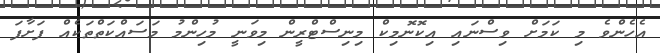
އެހެންވެ މި ކަމަށް ވިސްނައި އިކޮނޮމިކް މިނިސްޓްރީން މިވަނީ މުހިންމު މަސައްކަތްތަކެއް ފަށާފަ